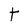
Character: t